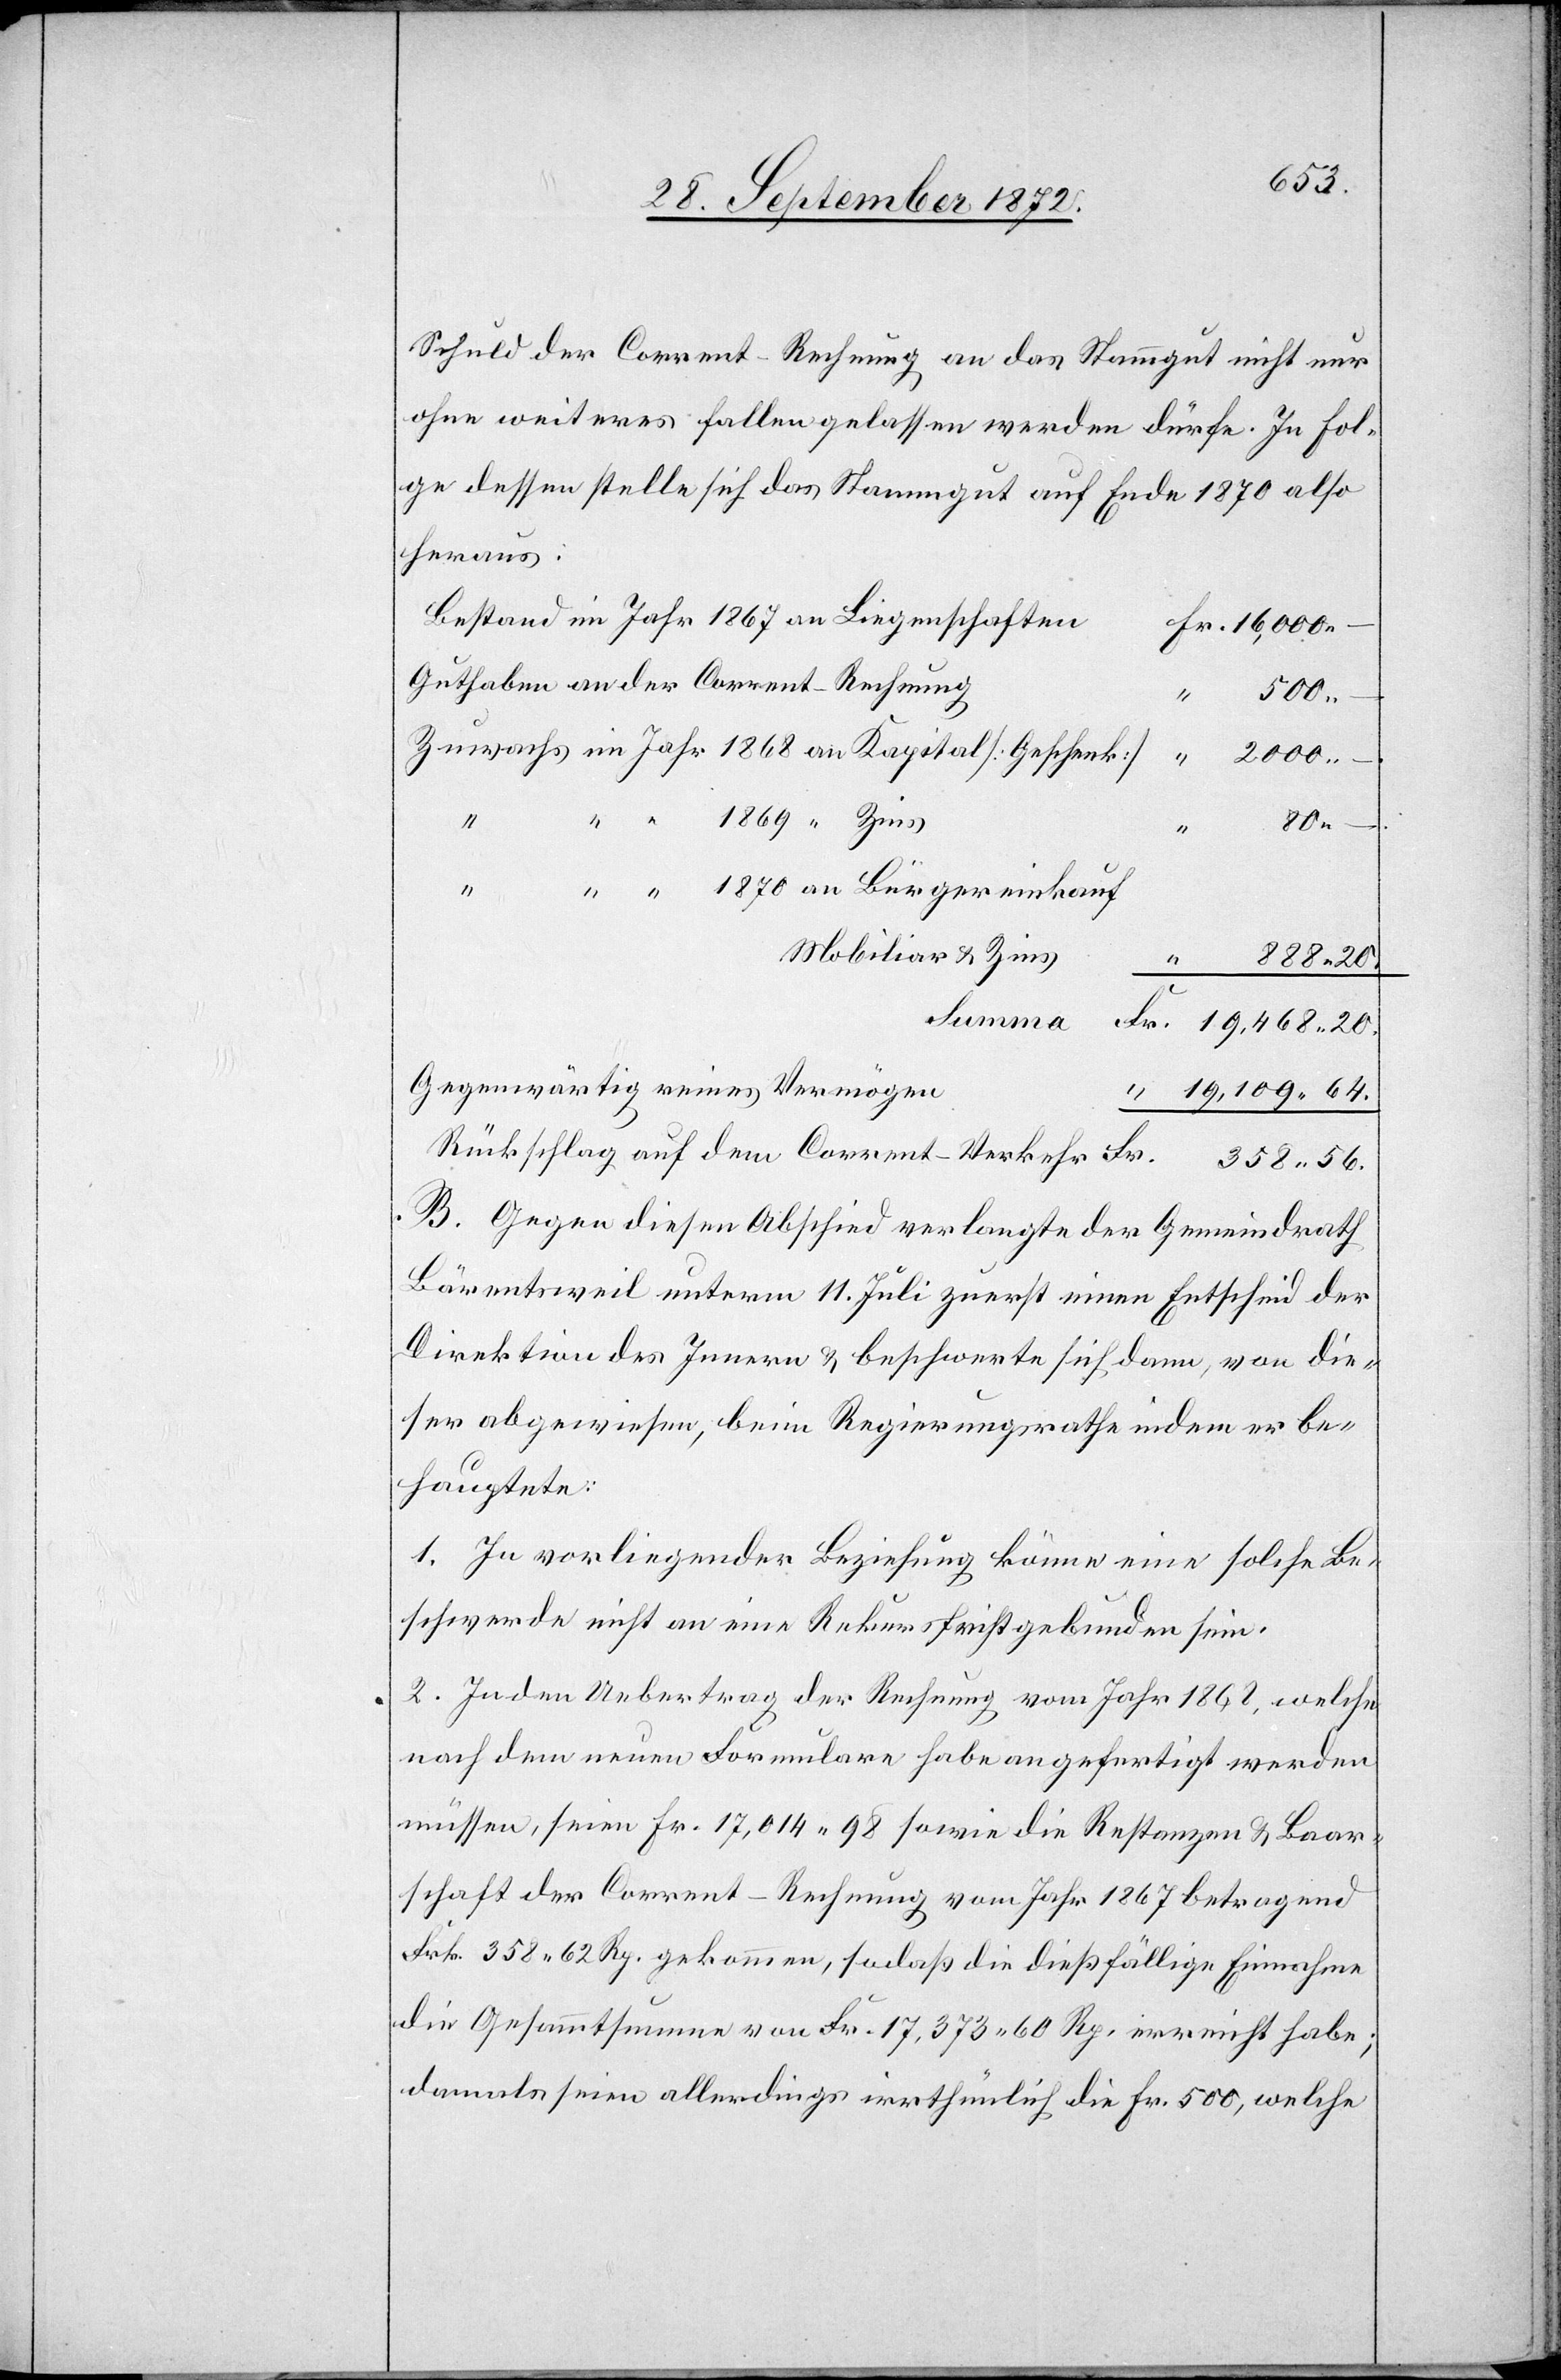
Schuld der Corrent-Rechnung an das Stammgut nicht nur
ohne weiteres fallen gelassen werden dürfe. In Fol¬
ge dessen stelle sich das Stammgut auf Ende 1870 also
heraus:
Bestand im Jahr 1867 an Liegenschaften
Guthaben an der Corrent-Rechnung
500 –
“
80
dem
Mobiliar u. Zins
358 56.
Fr.
Gegenwärtig reines Vermögen
19,109 64.
B. Gegen diesen Abschied verlangte der Gemeindrath
Bärentsweil unterm 11. Juli zuerst einen Entscheid der
Direktion des Innern u. beschwerte sich dann, von die¬
ser abgewiesen, beim Regierungsrathe indem er be¬
hauptete:
1. In vorliegender Beziehung könne eine solche Be¬
schwerde nicht an eine Rekursfrist gebunden sein.
2. In den Uebertrag der Rechnung vom Jahr 1862, welche
nach dem neuen Formulare habe angefertigt werden
müssen, seien Fr. 17,014 98 sowie die Restanzen u. Baar¬
schaft der Corrent-Rechnung vom Jahr 1867 betragend
Frk. 358 62 Rp. gekommen, sodaß die dießfällige Einnahme
die Gesammtsumme von Fr. 17,373 60 Rp. erreicht habe;
damals seien allerdings irrthümlich die Fr. 500, welche